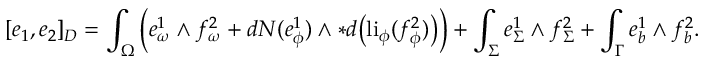
[ e _ { 1 } , e _ { 2 } ] _ { D } = \int _ { \Omega } \Big ( e _ { \omega } ^ { 1 } \wedge f _ { \omega } ^ { 2 } + d N ( e _ { \phi } ^ { 1 } ) \wedge \ast d \big ( \mathrm { l i } _ { \phi } ( f _ { \phi } ^ { 2 } ) \big ) \Big ) + \int _ { \Sigma } e _ { \Sigma } ^ { 1 } \wedge f _ { \Sigma } ^ { 2 } + \int _ { \Gamma } e _ { b } ^ { 1 } \wedge f _ { b } ^ { 2 } .